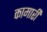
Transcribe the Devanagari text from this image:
कामारी